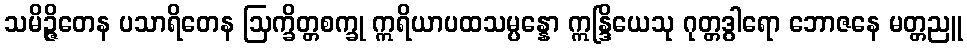
သမိဉ္ဇိတေန ပသာရိတေန ဩက္ခိတ္တစက္ခု ဣရိယာပထသမ္ပန္နော ဣန္ဒြိယေသု ဂုတ္တဒွါရော ဘောဇနေ မတ္တညူ